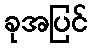
ခုအပြင်